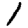
Digit: 1